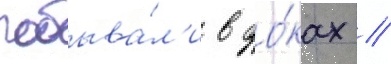
побыва́л'и в до́ках //